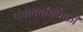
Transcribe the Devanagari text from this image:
पंचावतारांपैकी